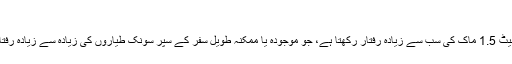
”
ایریون اے ایس2 بزنس جیٹ 1.5 ماک کی سب سے زیادہ رفتار رکھتا ہے، جو موجودہ یا ممکنہ طویل سفر کے سپر سونک طیاروں کی زیادہ سے زیادہ رفتار سے 67 فیصد تیز ہے۔